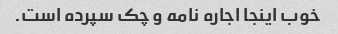
خوب اینجا اجاره نامه و چک سپرده است.